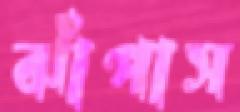
ঝাঁপাস